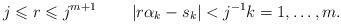
\begin{align*}j\leqslant r\leqslant j^{m+1}\quad\quad\left\vert r\alpha_{k}-s_{k}\right\vert <j^{-1}k=1,\ldots,m.\end{align*}